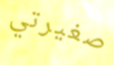
صغيرتي